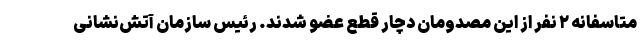
متاسفانه ۲ نفر از این مصدومان دچار قطع عضو شدند. رئیس سازمان آتش‌نشانی